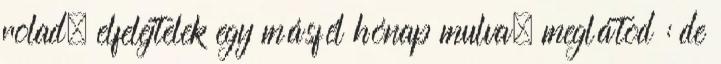
rolad. elfelejtelek egy másfél hónap mulva. meglátod : de